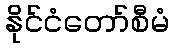
နိုင်ငံတော်စီမံ